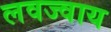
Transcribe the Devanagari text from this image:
लवज्वाय